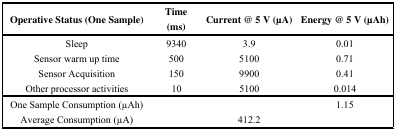
<table><thead><tr><td><b>Operative Status (One Sample)</b></td><td><b>Time (ms)</b></td><td><b>Current @ 5 V (μA)</b></td><td><b>Energy @ 5 V (μAh)</b></td></tr></thead><tbody><tr><td>Sleep</td><td>9340</td><td>3.9</td><td>0.01</td></tr><tr><td>Sensor warm up time</td><td>500</td><td>5100</td><td>0.71</td></tr><tr><td>Sensor Acquisition</td><td>150</td><td>9900</td><td>0.41</td></tr><tr><td>Other processor activities</td><td>10</td><td>5100</td><td>0.014</td></tr><tr><td>One Sample Consumption (μAh)</td><td>[EMPTY_CELL]</td><td>[EMPTY_CELL]</td><td>1.15</td></tr><tr><td>Average Consumption (μA)</td><td>[EMPTY_CELL]</td><td>412.2</td><td>[EMPTY_CELL]</td></tr></tbody></table>